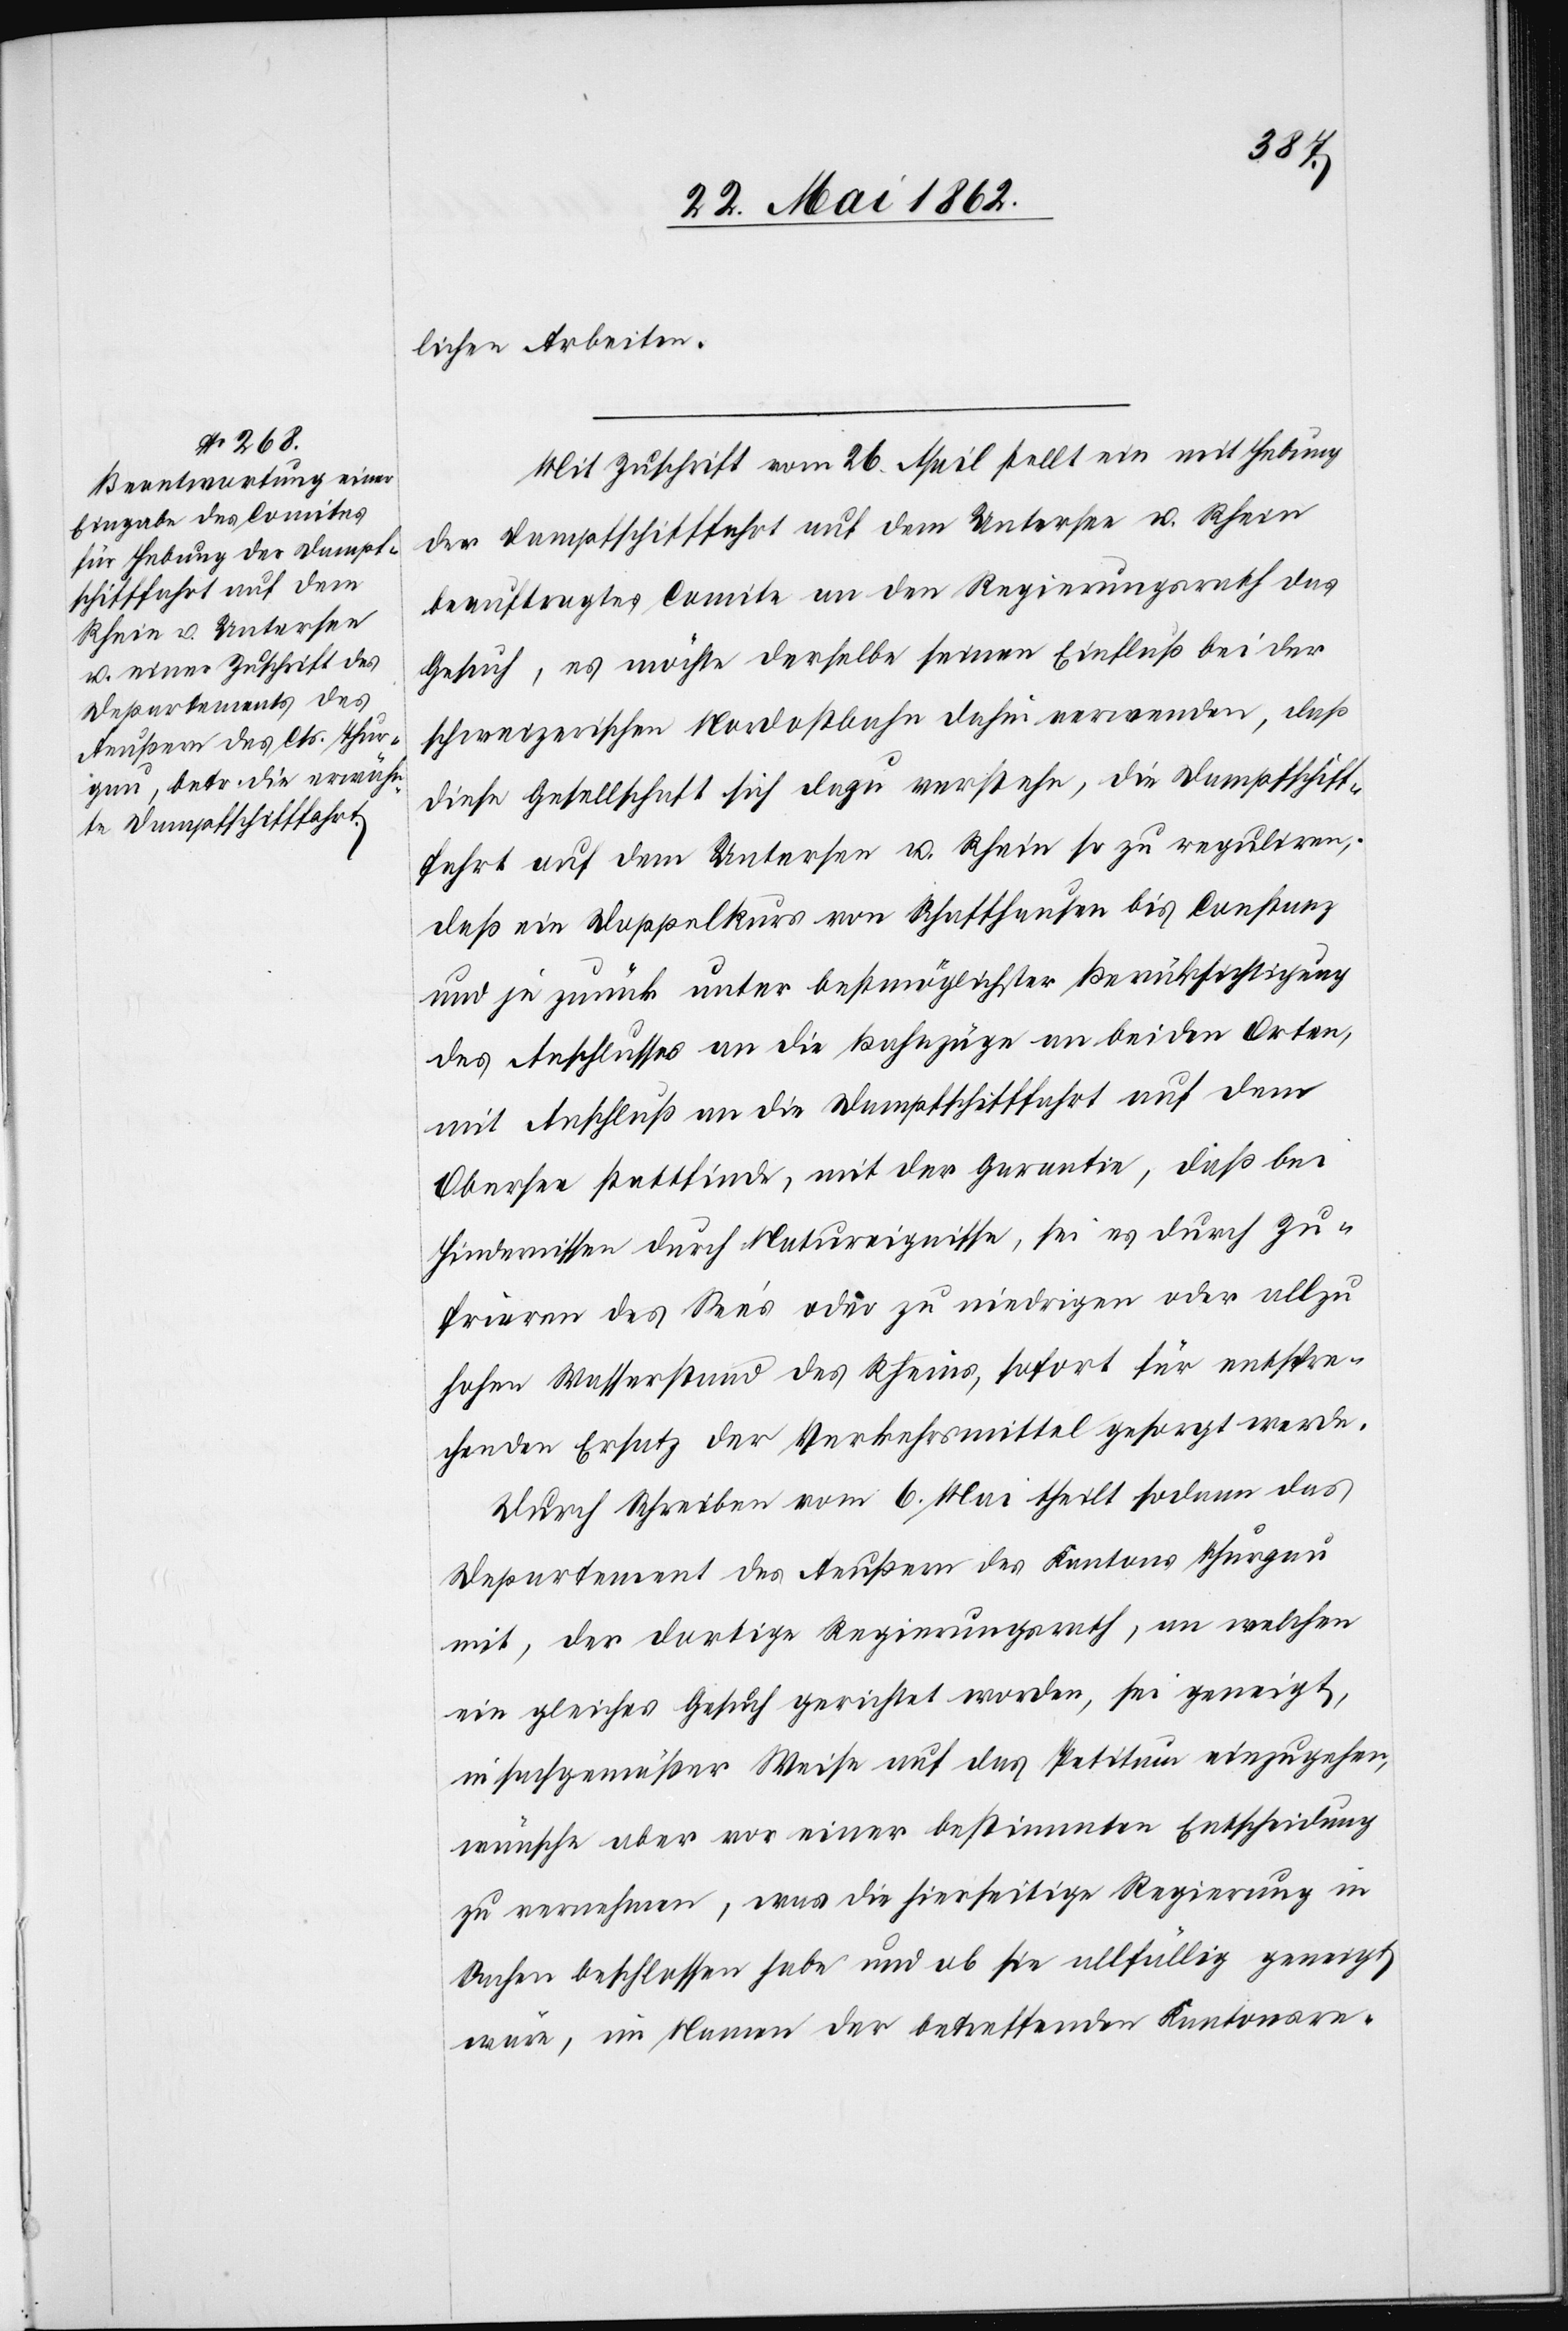
lichen Arbeiten.
Mit Zuschrift vom 26. April stellt ein mit Hebung
der Dampfschifffahrt auf dem Untersee u. Rhein
beauftragtes Comite an den Regierungsrath das
Gesuch, es möchte derselbe seinen Einfluß bei der
schweizerischen Nordostbahn dahin verwenden, daß
diese Gesellschaft sich dazu verstehe, die Dampfschiff¬
fahrt auf dem Untersee u. Rhein so zu reguliren,
daß ein Doppelkurs von Schaffhausen bis Constanz
und je zurück unter bestmöglichster Berücksichtigung
des Anschlusses an die Bahnzüge an beiden Orten,
mit Anschluß an die Dampfschifffahrt auf dem
Obersee stattfinde, mit der Garantie, daß bei
Hindernissen durch Naturereignisse, sei es durch zu¬
frieren des See’s oder zu niedrigen oder allzu
hohen Wasserstand des Rheins, sofort für entspre¬
chenden Ersatz der Verkehrsmittel gesorgt werde.
Durch Schreiben vom 6. Mai theilt sodann das
Departement des Aeußern des Kantons Thurgau
mit, der dortige Regierungsrath, an welchen
ein gleiches Gesuch gerichtet worden, sei geneigt,
in sachgemäßer Weise auf das Petitum einzugehen,
wünsche aber vor einer bestimmten Entscheidung
zu vernehmen, was die hierseitige Regierung in
Sachen beschlossen habe und ob sie allfällig geneigt
wäre, im Namen der betreffenden Kantonsre-